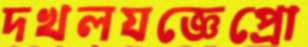
দখলযজ্ঞেপ্রো